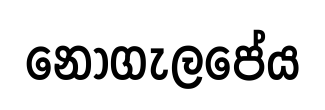
නොගැලපේය